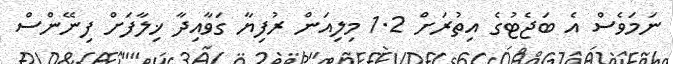
ނަމަވެސް އެ ބަޖެޓުގެ އިތުރަށް 1.2 މިލިއަން ރުފިޔާ ގަވާއިދާ ޚިލާފަށް ފިނޭންސް